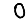
Digit: 0